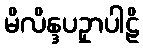
မိလိန္ဒပဥှာပါဠိ